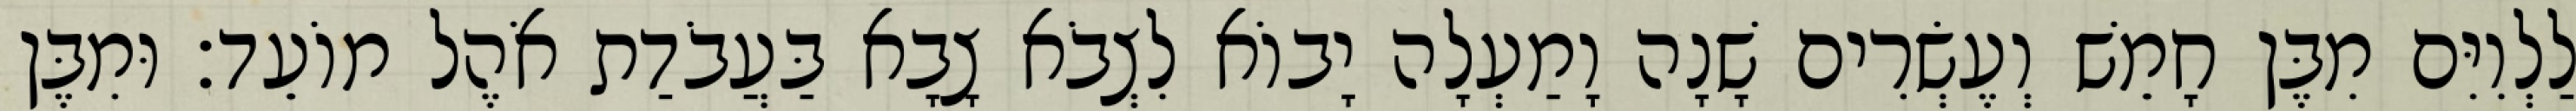
לַלְוִיִּם מִבֶּן חָמֵשׁ וְעֶשְׂרִים שָׁנָה וָמַעְלָה יָבוֹא לִצְבֹא צָבָא בַּעֲבֹדַת אֹהֶל מוֹעֵד׃ וּמִבֶּן